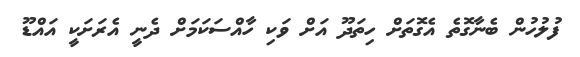
ފުލުހުން ބެނާގޮތެ އެގޮތަށް ހިތަދޫ އަށް ވަކި ހާއްސަކަމަށް ދެނީ އެރަށަކީ އައްޑޫ